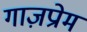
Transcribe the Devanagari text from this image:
गाज़प्रोम